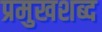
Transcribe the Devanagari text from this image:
प्रमुखशब्द